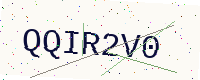
Text: QQIR2V0